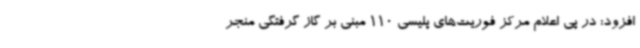
افزود: در پی اعلام مرکز فوریت‌های پلیسی 110 مبنی بر گاز گرفتگی منجر